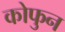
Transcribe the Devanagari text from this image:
कोफुन